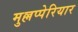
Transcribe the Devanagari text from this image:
मुल्लप्पेरियार